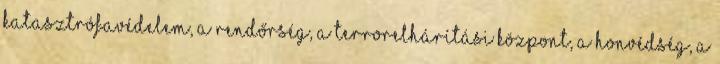
katasztrófavédelem, a rendőrség, a Terrorelhárítási Központ, a honvédség, a